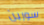
سورين